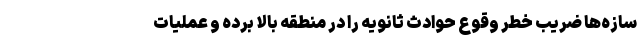
سازه‌ها ضریب خطر وقوع حوادث ثانویه را در منطقه بالا برده و عملیات